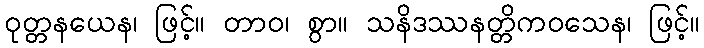
ဝုတ္တနယေန၊ ဖြင့်။ တာဝ၊ စွာ။ သနိဒဿနတ္တိကဝသေန၊ ဖြင့်။